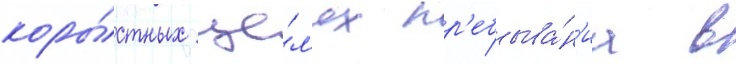
коры́стных це́л'ях пр'ебыва́н'иа в